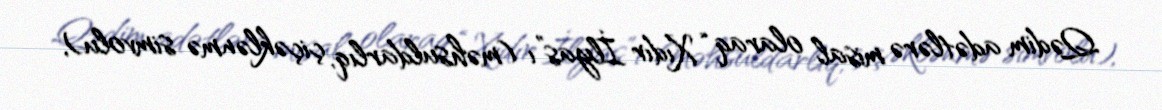
Qədim adətlərə misal olaraq “Xıdır İlyas”ı (məhsuldarlıq, çiçəklənmə simvolu),